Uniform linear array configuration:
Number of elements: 16
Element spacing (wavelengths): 1
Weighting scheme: blackman
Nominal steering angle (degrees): -60
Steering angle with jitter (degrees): -59.286
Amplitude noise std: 0.05
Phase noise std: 0.05

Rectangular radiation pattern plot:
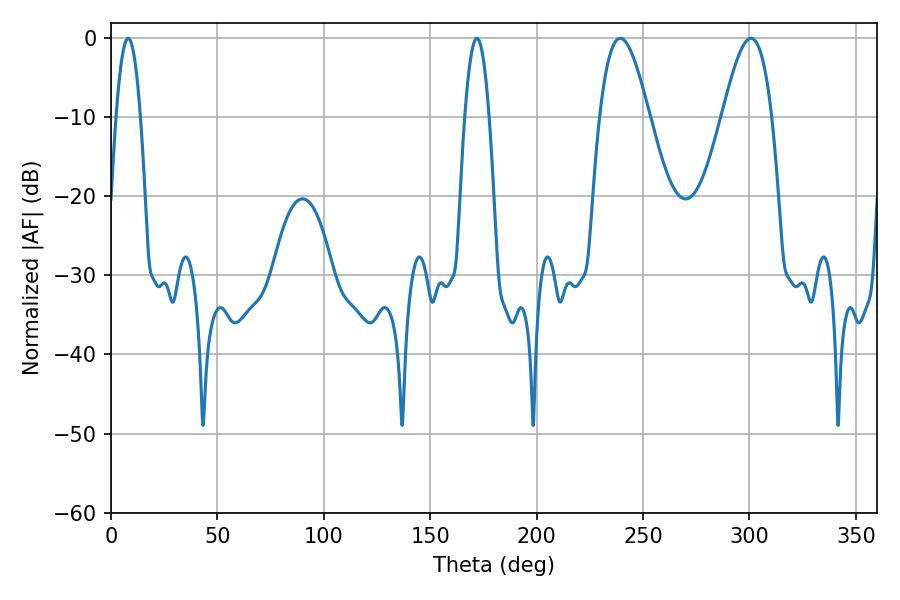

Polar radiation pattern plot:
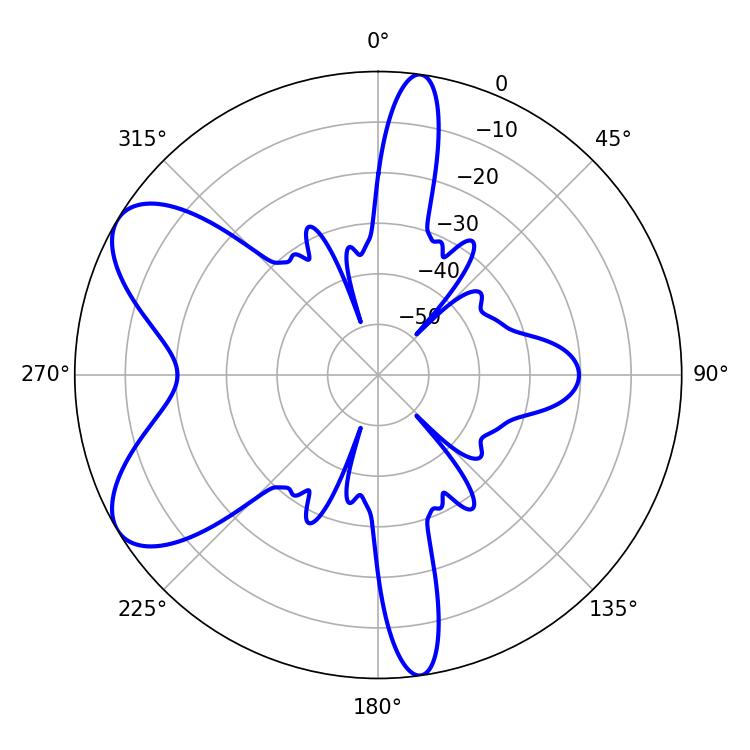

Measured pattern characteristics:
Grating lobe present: TRUE
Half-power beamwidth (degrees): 12.6
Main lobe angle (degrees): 239.22